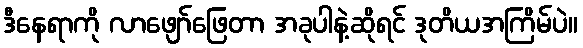
ဒီနေရာကို လာဖျော်ဖြေတာ အခုပါနဲ့ဆိုရင် ဒုတိယအကြိမ်ပဲ။